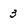
Character: 3